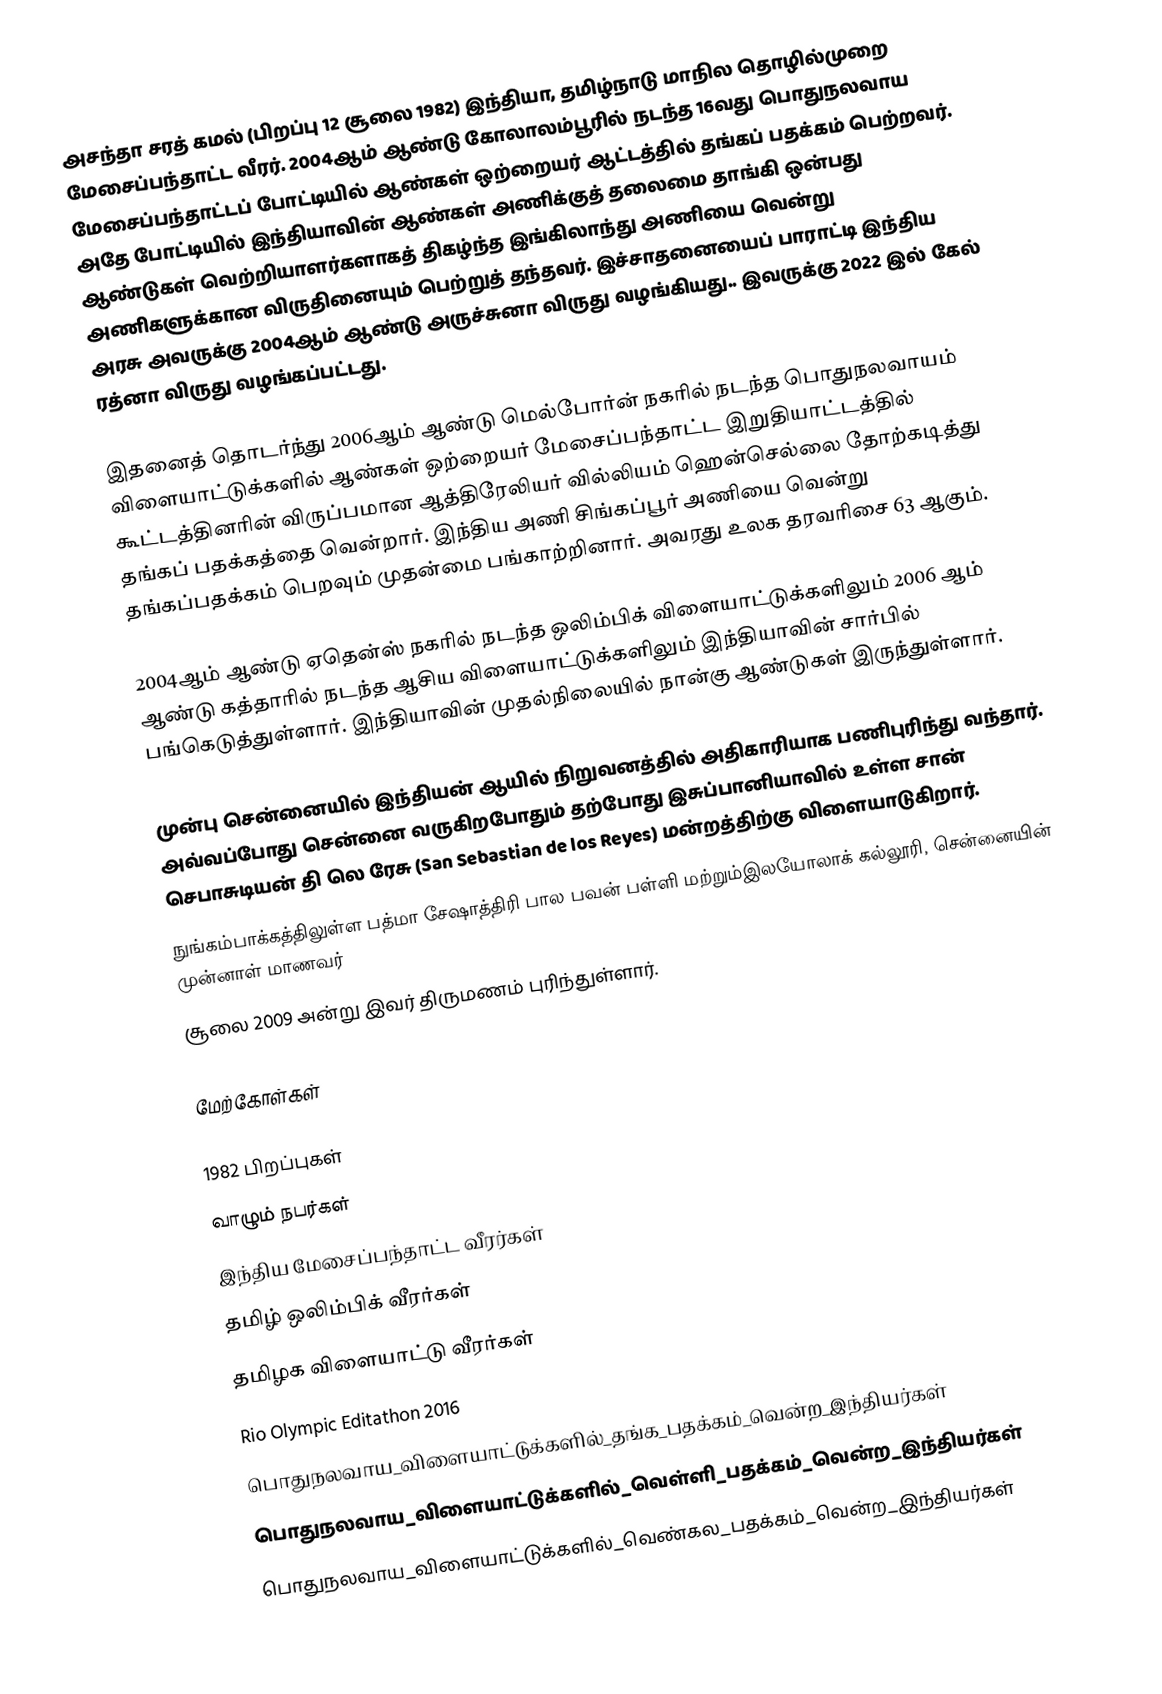
அசந்தா சரத் கமல்  (பிறப்பு 12 சூலை 1982) இந்தியா, தமிழ்நாடு மாநில தொழில்முறை மேசைப்பந்தாட்ட வீரர். 2004ஆம் ஆண்டு கோலாலம்பூரில் நடந்த  16வது பொதுநலவாய மேசைப்பந்தாட்டப் போட்டியில் ஆண்கள் ஒற்றையர் ஆட்டத்தில் தங்கப் பதக்கம் பெற்றவர். அதே போட்டியில் இந்தியாவின் ஆண்கள் அணிக்குத் தலைமை தாங்கி ஒன்பது ஆண்டுகள் வெற்றியாளர்களாகத் திகழ்ந்த இங்கிலாந்து அணியை வென்று அணிகளுக்கான விருதினையும் பெற்றுத் தந்தவர். இச்சாதனையைப் பாராட்டி இந்திய அரசு அவருக்கு 2004ஆம் ஆண்டு அருச்சுனா விருது வழங்கியது.. இவருக்கு 2022 இல் கேல் ரத்னா விருது வழங்கப்பட்டது.

இதனைத் தொடர்ந்து 2006ஆம் ஆண்டு மெல்போர்ன் நகரில் நடந்த பொதுநலவாயம் விளையாட்டுக்களில் ஆண்கள் ஒற்றையர் மேசைப்பந்தாட்ட இறுதியாட்டத்தில் கூட்டத்தினரின் விருப்பமான ஆத்திரேலியர் வில்லியம் ஹென்செல்லை  தோற்கடித்து தங்கப் பதக்கத்தை வென்றார். இந்திய அணி சிங்கப்பூர் அணியை வென்று தங்கப்பதக்கம் பெறவும் முதன்மை பங்காற்றினார். அவரது உலக தரவரிசை 63 ஆகும்.

2004ஆம் ஆண்டு ஏதென்ஸ் நகரில் நடந்த ஒலிம்பிக் விளையாட்டுக்களிலும் 2006 ஆம் ஆண்டு கத்தாரில் நடந்த ஆசிய விளையாட்டுக்களிலும் இந்தியாவின் சார்பில் பங்கெடுத்துள்ளார். இந்தியாவின் முதல்நிலையில் நான்கு ஆண்டுகள் இருந்துள்ளார்.

முன்பு சென்னையில் இந்தியன் ஆயில்  நிறுவனத்தில் அதிகாரியாக பணிபுரிந்து வந்தார். அவ்வப்போது சென்னை  வருகிறபோதும் தற்போது இசுப்பானியாவில் உள்ள சான் செபாசுடியன் தி லெ ரேசு  (San Sebastian de los Reyes) மன்றத்திற்கு விளையாடுகிறார்.
நுங்கம்பாக்கத்திலுள்ள பத்மா சேஷாத்திரி பால பவன் பள்ளி  மற்றும்இலயோலாக் கல்லூரி, சென்னையின் முன்னாள் மாணவர்
சூலை 2009 அன்று இவர் திருமணம் புரிந்துள்ளார்.

மேற்கோள்கள்

1982 பிறப்புகள்
வாழும் நபர்கள்
இந்திய மேசைப்பந்தாட்ட வீரர்கள்
தமிழ் ஒலிம்பிக் வீரர்கள்
தமிழக விளையாட்டு வீரர்கள்
Rio Olympic Editathon 2016
பொதுநலவாய_விளையாட்டுக்களில்_தங்க_பதக்கம்_வென்ற_இந்தியர்கள்
பொதுநலவாய_விளையாட்டுக்களில்_வெள்ளி_பதக்கம்_வென்ற_இந்தியர்கள்
பொதுநலவாய_விளையாட்டுக்களில்_வெண்கல_பதக்கம்_வென்ற_இந்தியர்கள்